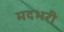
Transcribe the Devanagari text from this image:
मदभरी